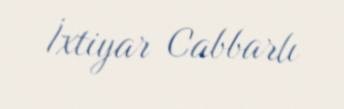
İxtiyar Cabbarlı